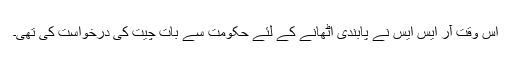
اس وقت آر ایس ایس نے پابندی اٹھانے کے لئے حکومت سے بات چیت کی درخواست کی تھی۔